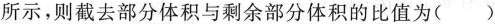
所示，则截去部分体积与剩余部分体积的比值为()